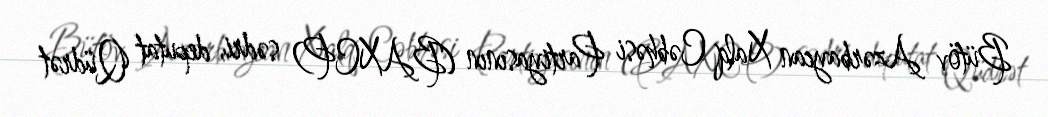
Bütöv Azərbaycan Xalq Cəbhəsi Partiyasının (BAXCP) sədri, deputat Qüdrət